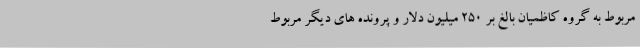
مربوط به گروه کاظمیان بالغ بر ۲۵۰ میلیون دلار و پرونده های دیگر مربوط